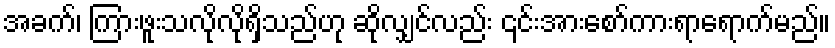
အခက်၊ ကြားဖူးသလိုလိုရှိသည်ဟု ဆိုလျှင်လည်း ၎င်းအားစော်ကားရာရောက်မည်။